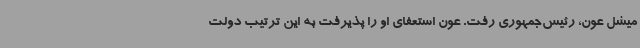
میشل عون، رئیس‌جمهوری رفت. عون استعفای او را پذیرفت به این ترتیب دولت